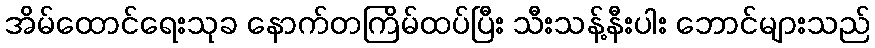
အိမ်ထောင်ရေးသုခ နောက်တကြိမ်ထပ်ပြီး သီးသန့်နီးပါး ဘောင်များသည်